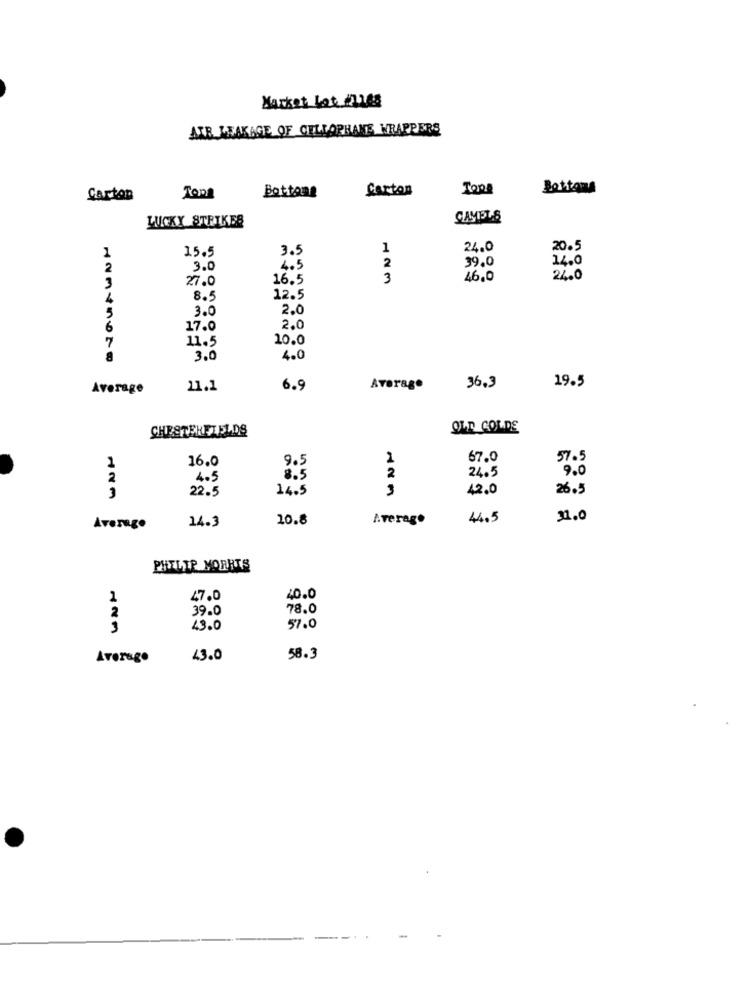
Market Lot 211es
AIR LEAKAGE OF CELLOPHANE WRAPPERS
Carton
Bottoms
Carton
Bottona
LUCKY STRIKES
CAMELS
1
15.5
3.5
1
24.0
20.5
2
39.0
14.0
2
3.0
4.5
27.0
16.5
3
46.0
24.0
3
4
8.5
12.5
3.0
2.0
5
6
17.0
2.0
7
11.5
10.0
3.0
4.0
Average
11.1
6.9
Average
36.3
19.5
CHESTERFIELDS
OLD COLDE
16.0
9.5
67.0
57.5
2
9.0
2
4.5
8.5
24.5
3
22.5
14.5
3
42.0
26.5
14.3
10.8
A.verage
44.5
31.0
Average
PHILIP MORRIS
1
47.0
40.0
2
39.0
78.0
43.0
57.0
Average
43.0
58.3